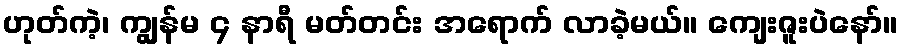
ဟုတ်ကဲ့၊ ကျွန်မ ၄ နာရီ မတ်တင်း အရောက် လာခဲ့မယ်။ ကျေးဇူးပဲနော်။